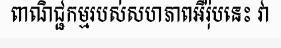
ពាណិជ្ជកម្មរបស់សហភាពអឺរ៉ុបនេះ វា